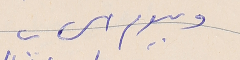
وبيوم الحساب